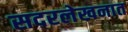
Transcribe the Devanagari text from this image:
सदरलेखनात